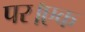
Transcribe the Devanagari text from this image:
पर।एक